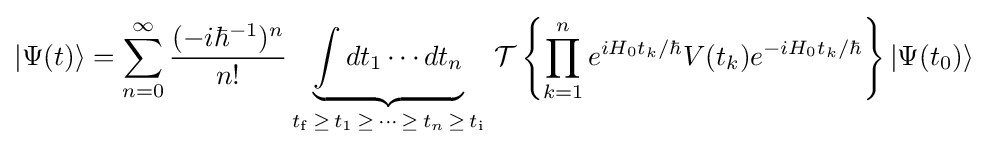
|\Psi (t)\rangle =\sum _{n=0}^{\infty }{(-i\hbar ^{-1})^{n} \over n!}\underbrace {\int dt_{1}\cdots dt_{n}} _{t_{\rm {f}}\,\geq \,t_{1}\,\geq \,\cdots \,\geq \,t_{n}\,\geq \,t_{\rm {i}}}\,{\mathcal {T}}\left\{\prod _{k=1}^{n}e^{iH_{0}t_{k}/\hbar }V(t_{k})e^{-iH_{0}t_{k}/\hbar }\right\}|\Psi (t_{0})\rangle